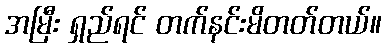
အမြီး ရှည်ရင် တက်နင်းမိတတ်တယ်။